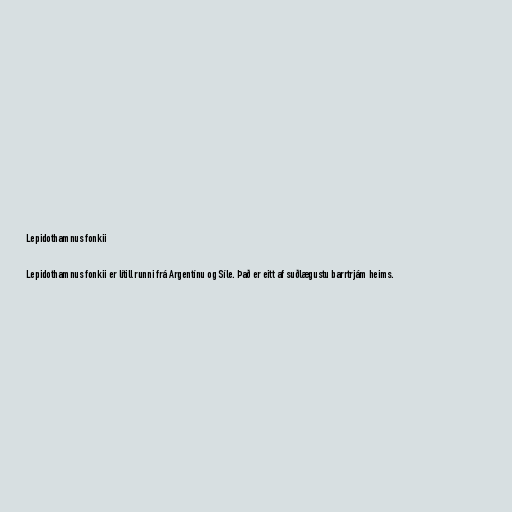
Lepidothamnus fonkii

Lepidothamnus fonkii er lítill runni frá Argentínu og Síle. Það er eitt af suðlægustu barrtrjám heims.